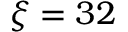
\xi = 3 2